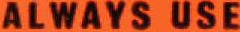
ALWAYS USE